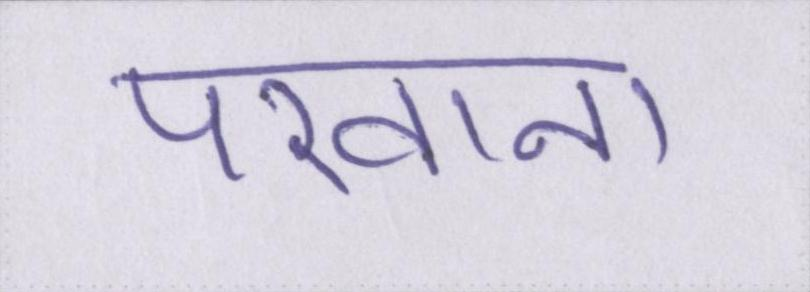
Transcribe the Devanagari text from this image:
परवाना